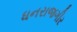
ધનરાજગીર